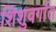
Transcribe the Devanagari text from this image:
शिशुवर्गात